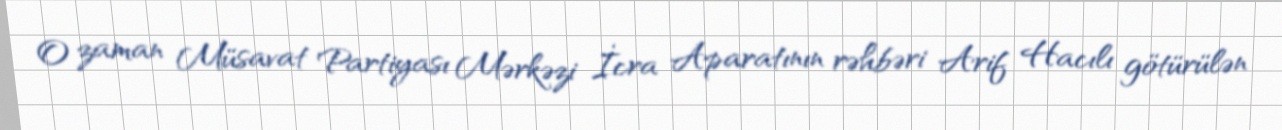
O zaman Müsavat Partiyası Mərkəzi İcra Aparatının rəhbəri Arif Hacılı götürülən